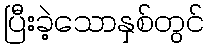
ပြီးခဲ့သောနှစ်တွင်